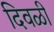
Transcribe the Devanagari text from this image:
दिवळी